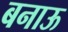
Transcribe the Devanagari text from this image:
बनाऊ